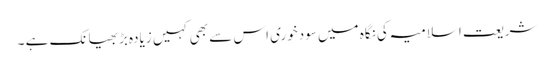
شریعت اسلامیہ کی نگاہ میں سودخوری اس سے بھی کہیں زیادہ بڑبھیانک ہے ۔